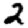
Digit: 2